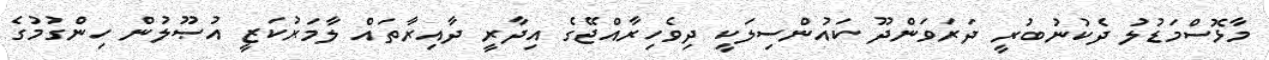
މާޅޮސްމަޑުލު ދެކުނުބުރީ ދަރަވަންދޫ ކައުންސިލަކީ ދިވެހިރާއްޖޭގެ އިދާރީ ދާއިރާތައް ލާމަރުކަޒީ އުޞޫލުން ހިންގުމުގެ